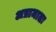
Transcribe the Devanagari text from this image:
अप्रामातः